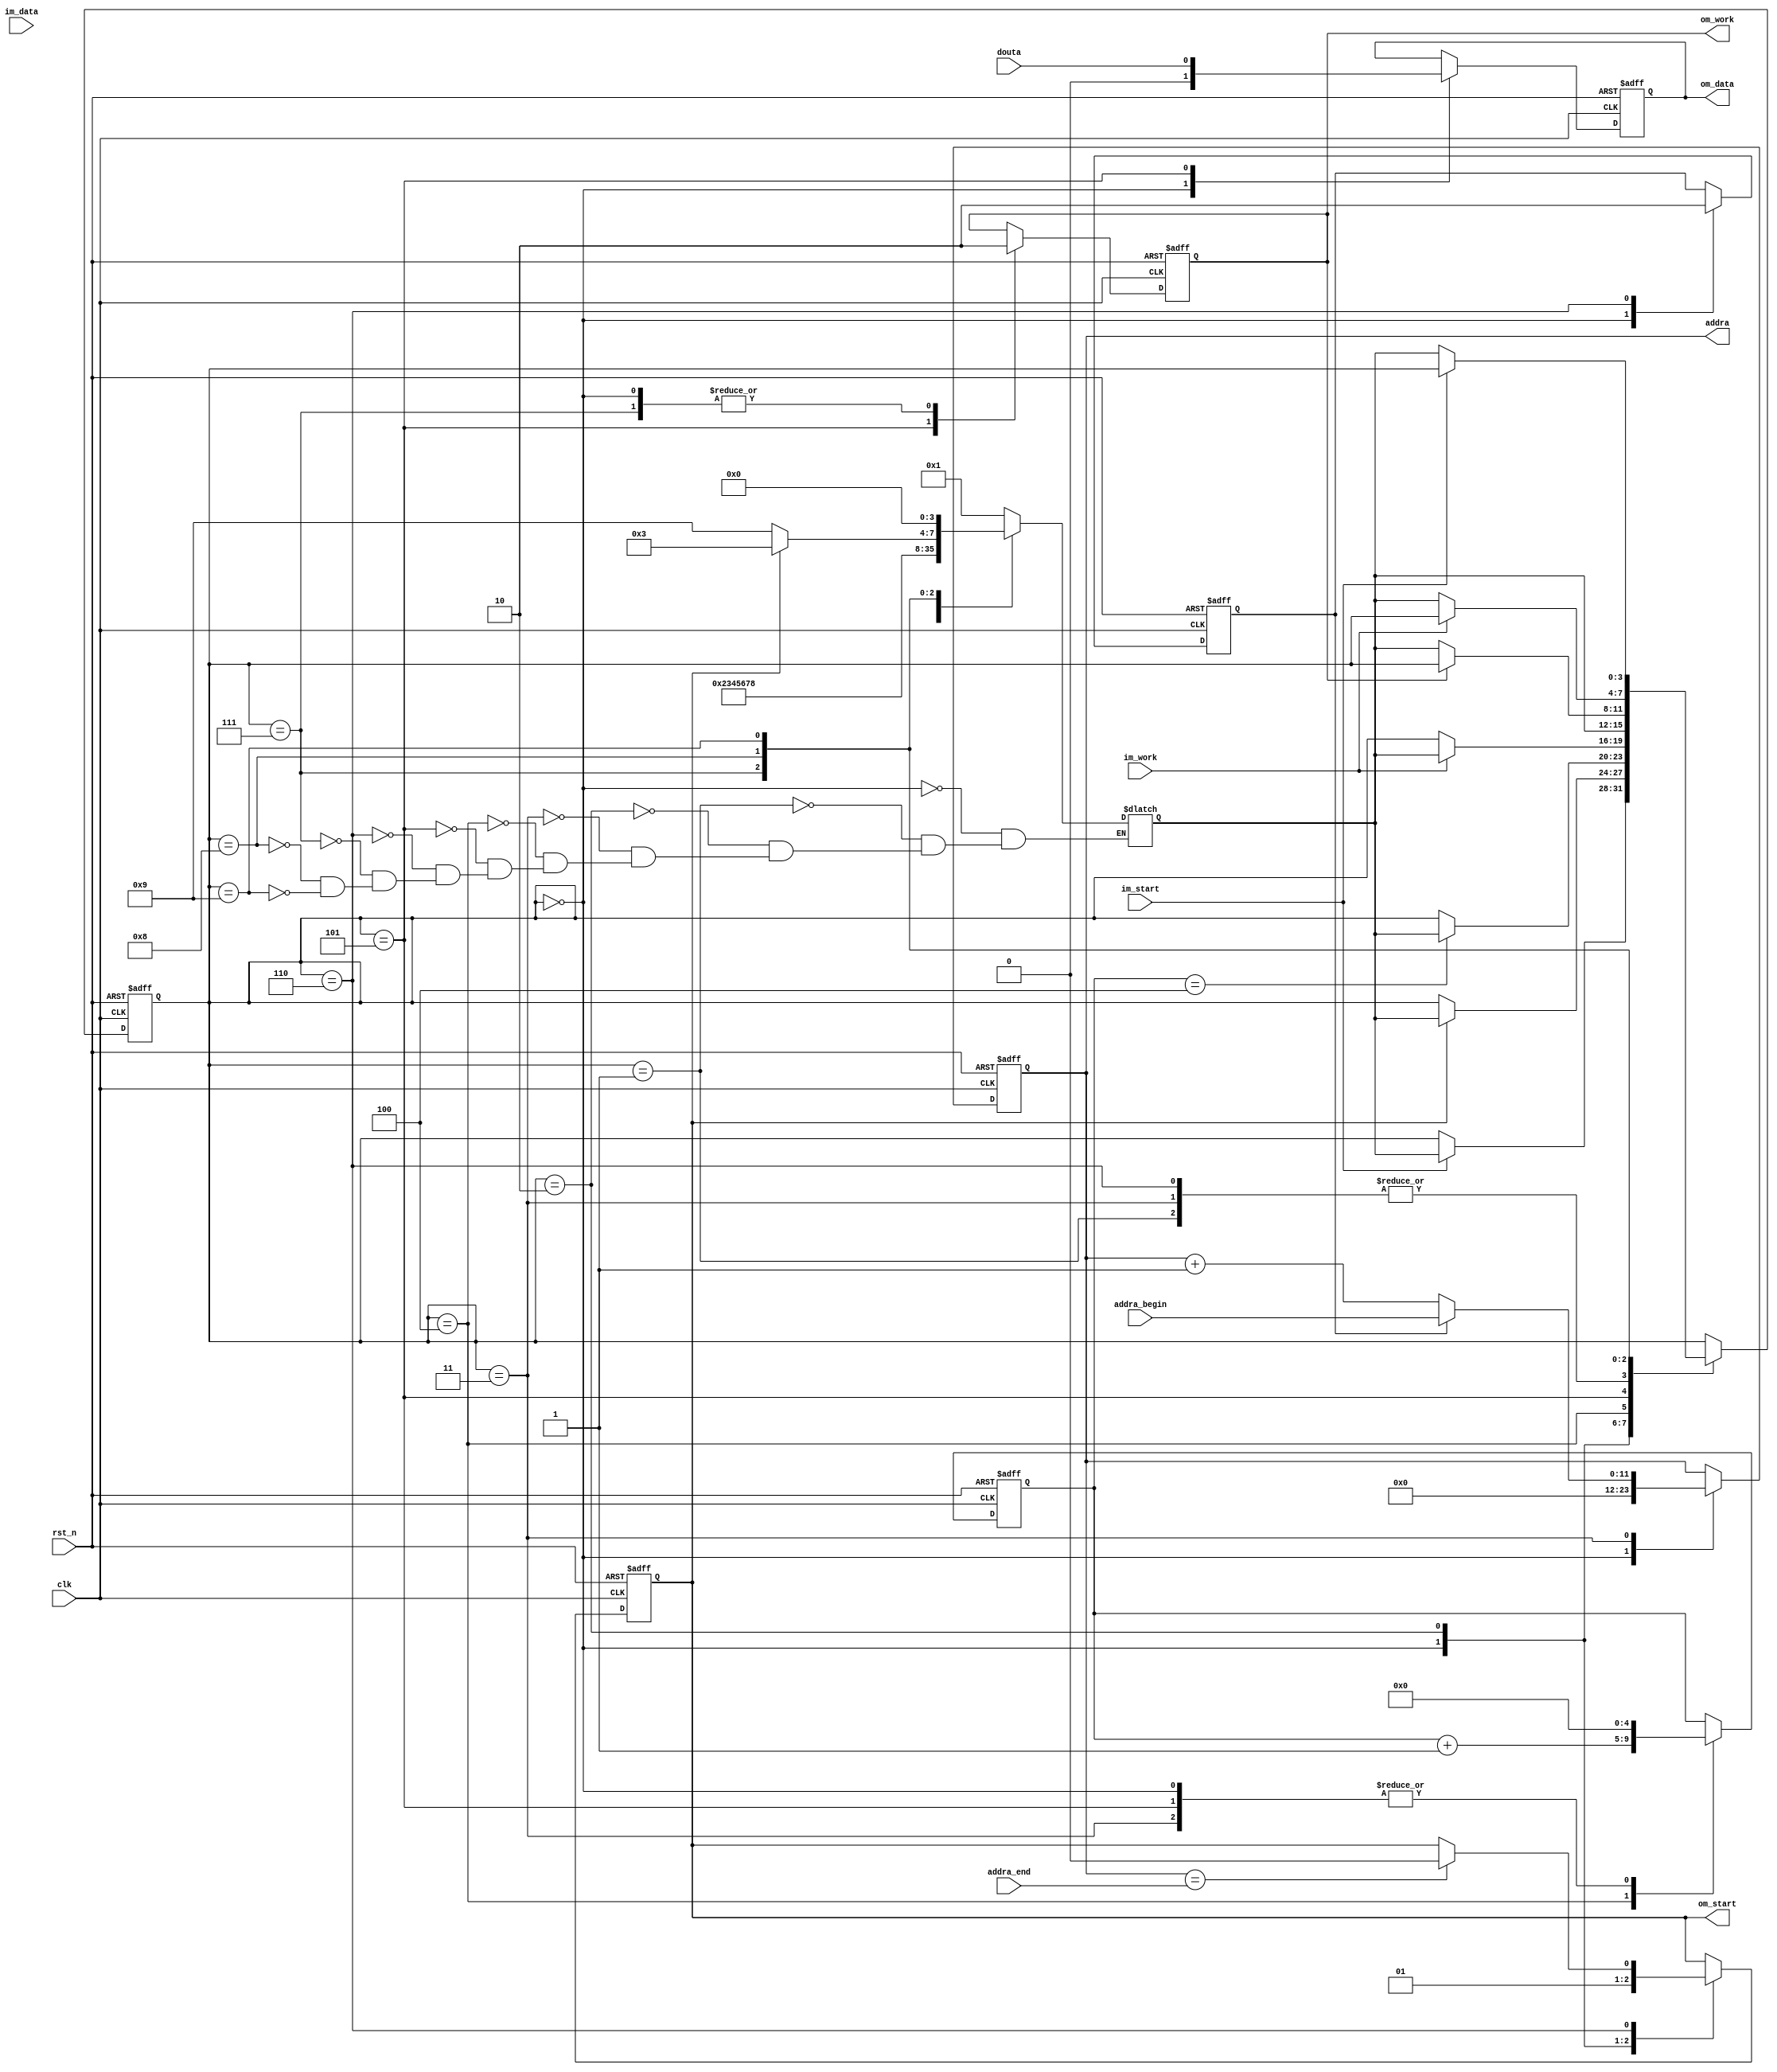
`timescale 1ns / 1ps
//////////////////////////////////////////////////////////////////////////////////
// Company: 
// Engineer: 
// 
// Design Name: 
// Module Name: return
// Project Name: 
// Target Devices: 
// Tool Versions: 
// Description: 
// 
// Dependencies: 
// 
// Revision:
// Revision 0.01 - File Created
// Additional Comments:
// 
//////////////////////////////////////////////////////////////////////////////////


module return #(
    parameter ADDR_WIDTH_3 = 12,
    parameter READ_DELAY = 5
)
(
    input clk,
    input rst_n,

    input im_start,
    input im_work,
    output reg om_start,
    output reg om_work,

    input [7:0] im_data,
    output reg om_data,

    output reg [ADDR_WIDTH_3-1:0] addra,
    input douta,

    input [ADDR_WIDTH_3-1:0] addra_end,
    input [ADDR_WIDTH_3-1:0] addra_begin
    );
//state param
localparam S0=4'd0;
localparam S1=4'd1;
localparam S2=4'd2;
localparam S3=4'd3;
localparam S4=4'd4;
localparam S5=4'd5;
localparam S6=4'd6;
localparam S7=4'd7;
localparam S8=4'd8;
localparam S9=4'd9;
//state varible
reg [3:0] state_now;
reg [3:0] state_wait;
//cnt varible
reg [4:0] cnt_delay;
//addr varible
reg first_addr;
//state machine
always@(posedge clk or negedge rst_n)begin
    if(!rst_n)begin
        state_now<=S0;
    end
    else begin
        case(state_now)
            S0:if(im_start)state_now<=state_wait;
            S1:state_now<=state_wait;
            S2:if(om_start)state_now<=state_wait;
            S3:state_now<=state_wait;
            S4:if(cnt_delay==READ_DELAY-1'b1)state_now<=state_wait;
            S5:if(im_work)state_now<=state_wait;
            S6:state_now<=state_wait;
            S7:if(!om_work)state_now<=state_wait;
            S8:if(!im_work)state_now<=state_wait;
            S9:if(!im_start)state_now<=state_wait;
        endcase
    end
end
always@(*)begin
        case(state_now)
            S0:state_wait=S1;
            S1:state_wait=S2;
            S2:state_wait=S3;
            S3:state_wait=S4;
            S4:state_wait=S5;
            S5:state_wait=S6;
            S6:state_wait=S7;
            S7:state_wait=S8;
            S8:if(!om_start)state_wait=S9;else state_wait=S3;
            S9:state_wait=S0;
        endcase
end
//control slave
always@(posedge clk or negedge rst_n)begin
    if(!rst_n)begin
        om_start<=1'b0;
    end
    else begin
        case(state_now)
            S0:om_start<=1'b0;
            S2:om_start<=1'b1;
            S6:if(addra==addra_end)om_start<=1'b0;
        endcase
    end
end
always@(posedge clk or negedge rst_n)begin
    if(!rst_n)begin
        om_work<=1'b0;
    end
    else begin
        case(state_now)
            S0:om_work<=1'b0;
            S5:om_work<=1'b1;
            S7:om_work<=1'b0;
        endcase
    end
end
always@(posedge clk or negedge rst_n)begin
    if(!rst_n)begin
        cnt_delay<=1'b0;
    end
    else begin
        case(state_now)
            S0:cnt_delay<=1'b0;
            S3:cnt_delay<=1'b0;
            S4:cnt_delay<=cnt_delay+1'b1;
            S5:cnt_delay<=1'b0;
        endcase
    end
end
always@(posedge clk or negedge rst_n)begin
    if(!rst_n)begin
        addra<=1'b0;
    end
    else begin
        case(state_now)
            S0:addra<=1'b0;
            S3:if(first_addr)addra<=addra_begin;else addra<=addra+1'b1;
        endcase
    end
end
always@(posedge clk or negedge rst_n)begin
    if(!rst_n)begin
        om_data<=1'b0;
    end
    else begin
        case(state_now)
            S0:om_data<=1'b0;
            S5:om_data<=douta;
        endcase
    end
end
always@(posedge clk or negedge rst_n)begin
    if(!rst_n)begin
        first_addr<=1'b1;
    end
    else begin
        case(state_now)
            S0:first_addr<=1'b1;
            S6:first_addr<=1'b0;
        endcase
    end
end
endmodule